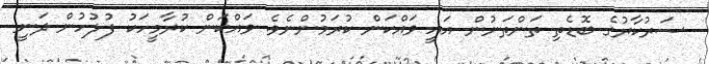
ސަރުކާރުގެ ބޮޑެތި ތަންތަނުން އައީ ވައްކަން ކުރަމުންނެވެ. ވައްކަން ކުރާމީހަކު ފުލުހުން ދަނީ